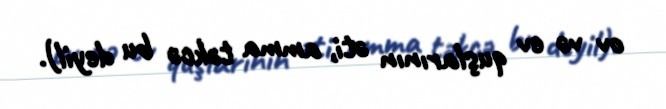
ov və ev quşlarının əti, amma təkcə bu deyil).